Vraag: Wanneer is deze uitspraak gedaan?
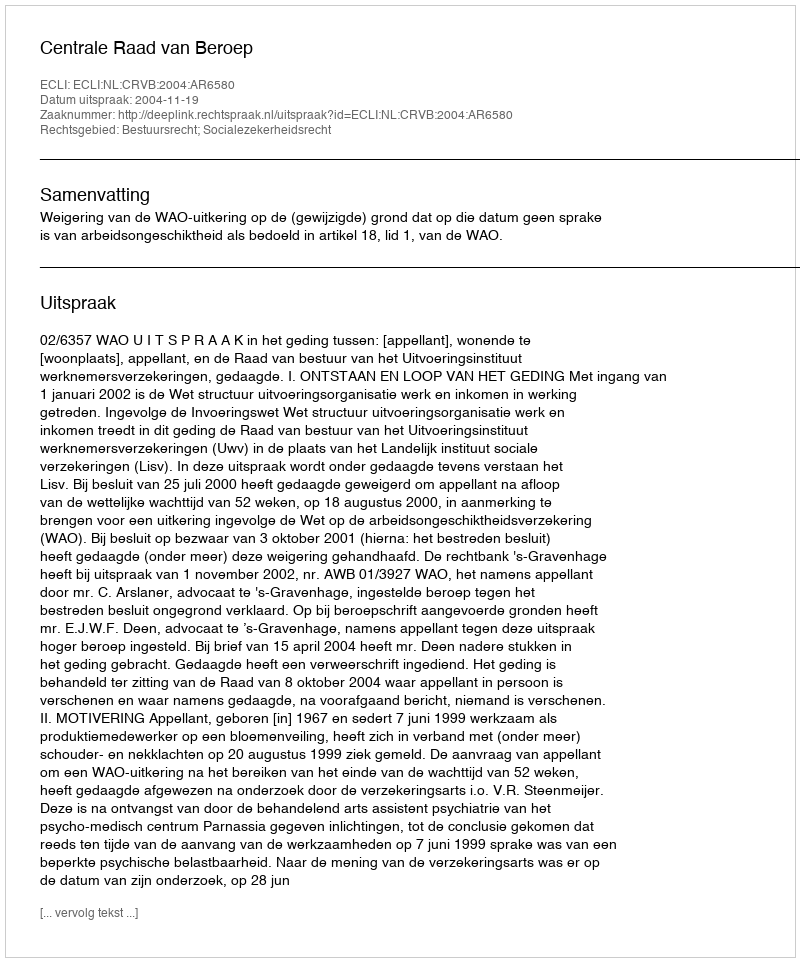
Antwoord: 2004-11-19